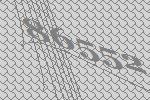
86552